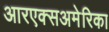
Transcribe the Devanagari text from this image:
आरएक्सअमेरिका